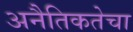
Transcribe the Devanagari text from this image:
अनैतिकतेचा